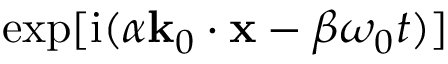
\exp [ \mathrm { i } ( \alpha \mathbf { k } _ { 0 } \cdot \mathbf { x } - \beta \omega _ { 0 } t ) ]